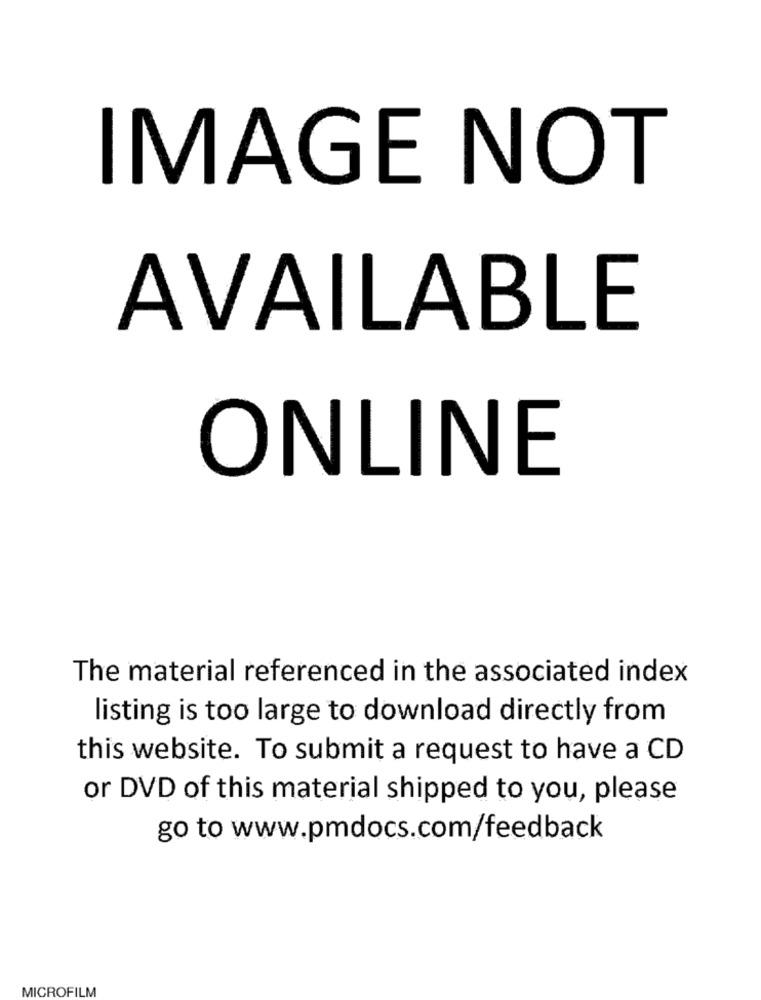
IMAGE NOT
AVAILABLE
ONLINE
The material referenced in the associated index
listing is too large to download directly from
this website. To submit a request to have a CD
or DVD of this material shipped to you, please
go to www.pmdocs.com/feedback
MICROFILM